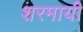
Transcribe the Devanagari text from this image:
शरमायी